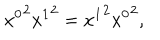
LaTeX: { x ^ { 0 } } ^ { 2 } { x ^ { 1 } } ^ { 2 } = { x ^ { 1 } } ^ { 2 } { x ^ { 0 } } ^ { 2 } ,